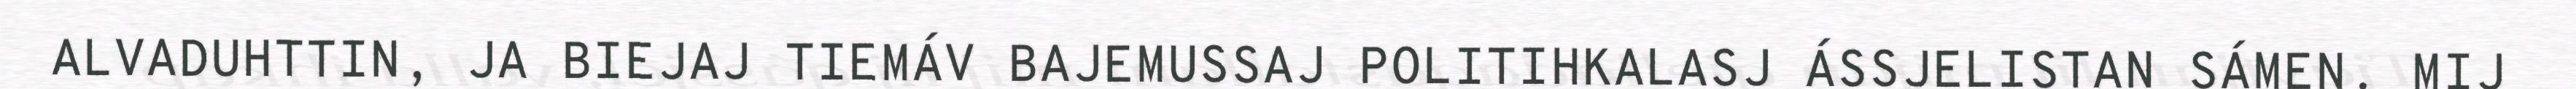
ALVADUHTTIN, JA BIEJAJ TIEMÁV BAJEMUSSAJ POLITIHKALASJ ÁSSJELISTAN SÁMEN. MIJ